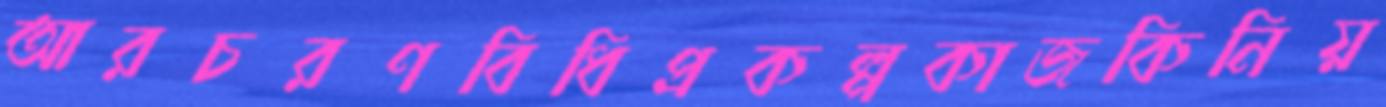
আরচরণবিধিপ্রকল্পকাজকিনিয়